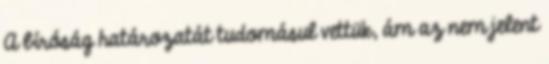
A bíróság határozatát tudomásul vettük, ám az nem jelent